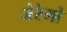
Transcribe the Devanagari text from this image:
जेरेमो